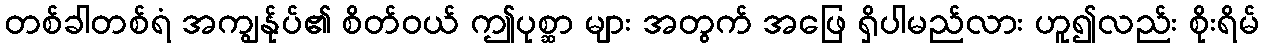
တစ်ခါတစ်ရံ အကျွန်ုပ်၏ စိတ်ဝယ် ဤပုစ္ဆာ များ အတွက် အဖြေ ရှိပါမည်လား ဟူ၍လည်း စိုးရိမ်